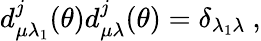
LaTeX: d_{\mu\lambda_{1}}^{j}(\theta)d_{\mu\lambda}^{j}(\theta)=\delta_{\lambda_{1}\lambda}\ ,